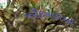
ખરીદનારાઓ